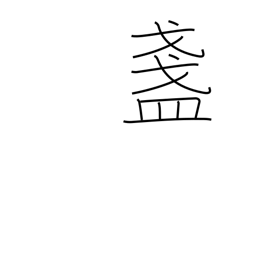
Meaning: sake cup